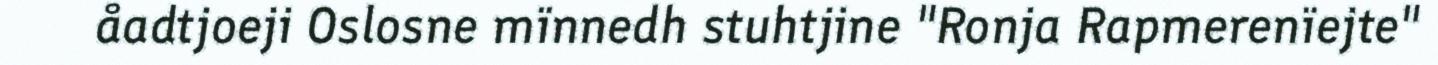
åadtjoeji Oslosne mïnnedh stuhtjine "Ronja Rapmerenïejte"